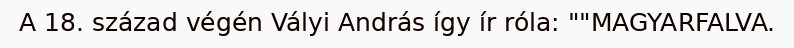
A 18. század végén Vályi András így ír róla: ""MAGYARFALVA.